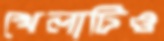
খেলাটিও